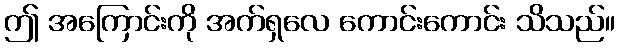
ဤ အကြောင်းကို အက်ရှလေ ကောင်းကောင်း သိသည်။